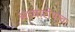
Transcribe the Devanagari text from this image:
अध्यारोपाचा